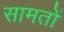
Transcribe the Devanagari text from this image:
सामतों